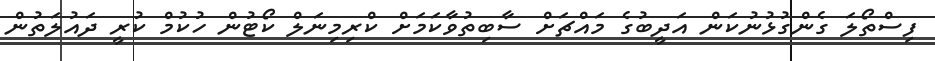
ފިސްތޯލަ ގެންގުޅުނުކަން އަދީބުގެ މައްޗަށް ސާބިތުވާކަަމަށް ކްރިމިނަލް ކޯޓުން ހުކުމް ކުރީ ދައުލަތުން